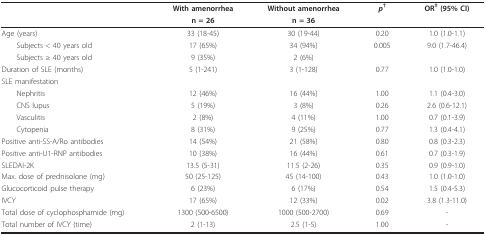
<table><thead><tr><td></td><td><b>With amenorrhea</b></td><td><b>Without amenorrhea</b></td><td><b><i>p</i><sup>†</sup></b></td><td><b>OR<sup>‡ </sup>(95% CI)</b></td></tr><tr><td></td><td><b>n = 26</b></td><td><b>n = 36</b></td><td></td><td></td></tr></thead><tbody><tr><td>Age (years)</td><td>33 (18-45)</td><td>30 (19-44)</td><td>0.20</td><td>1.0 (1.0-1.1)</td></tr><tr><td> Subjects &lt; 40 years old</td><td>17 (65%)</td><td>34 (94%)</td><td>0.005</td><td>9.0 (1.7-46.4)</td></tr><tr><td> Subjects ≥ 40 years old</td><td>9 (35%)</td><td>2 (6%)</td><td></td><td></td></tr><tr><td>Duration of SLE (months)</td><td>5 (1-241)</td><td>3 (1-128)</td><td>0.77</td><td>1.0 (1.0-1.0)</td></tr><tr><td>SLE manifestation</td><td></td><td></td><td></td><td></td></tr><tr><td> Nephritis</td><td>12 (46%)</td><td>16 (44%)</td><td>1.00</td><td>1.1 (0.4-3.0)</td></tr><tr><td> CNS lupus</td><td>5 (19%)</td><td>3 (8%)</td><td>0.26</td><td>2.6 (0.6-12.1)</td></tr><tr><td> Vasculitis</td><td>2 (8%)</td><td>4 (11%)</td><td>1.00</td><td>0.7 (0.1-3.9)</td></tr><tr><td> Cytopenia</td><td>8 (31%)</td><td>9 (25%)</td><td>0.77</td><td>1.3 (0.4-4.1)</td></tr><tr><td>Positive anti-SS-A/Ro antibodies</td><td>14 (54%)</td><td>21 (58%)</td><td>0.80</td><td>0.8 (0.3-2.3)</td></tr><tr><td>Positive anti-U1-RNP antibodies</td><td>10 (38%)</td><td>16 (44%)</td><td>0.61</td><td>0.7 (0.3-1.9)</td></tr><tr><td>SLEDAI-2K</td><td>13.5 (5-31)</td><td>11.5 (2-26)</td><td>0.35</td><td>0.9 (0.9-1.0)</td></tr><tr><td>Max. dose of prednisolone (mg)</td><td>50 (25-125)</td><td>45 (14-100)</td><td>0.43</td><td>1.0 (1.0-1.0)</td></tr><tr><td>Glucocorticoid pulse therapy</td><td>6 (23%)</td><td>6 (17%)</td><td>0.54</td><td>1.5 (0.4-5.3)</td></tr><tr><td>IVCY</td><td>17 (65%)</td><td>12 (33%)</td><td>0.02</td><td>3.8 (1.3-11.0)</td></tr><tr><td>Total dose of cyclophosphamide (mg)</td><td>1300 (500-6500)</td><td>1000 (500-2700)</td><td>0.69</td><td>-</td></tr><tr><td>Total number of IVCY (time)</td><td>2 (1-13)</td><td>2.5 (1-5)</td><td>1.00</td><td>-</td></tr></tbody></table>